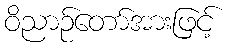
ဝိညာဉ်တော်အားဖြင့်